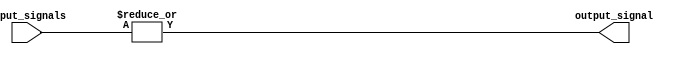
module or_gate(
    input [31:0] input_signals,
    output reg output_signal
);

// Wire declarations
wire [15:0] intermediate_signals1;
wire [7:0] intermediate_signals2;
wire [3:0] intermediate_signals3;
wire [1:0] intermediate_signals4;

// First stage of cascaded OR gates
genvar i;
generate
    for (i = 0; i < 16; i = i + 1) begin : stage1
        assign intermediate_signals1[i] = |input_signals[i*2:i*2+1];
    end
endgenerate

// Second stage of cascaded OR gates
genvar j;
generate
    for (j = 0; j < 8; j = j + 1) begin : stage2
        assign intermediate_signals2[j] = |intermediate_signals1[j*2:j*2+1];
    end
endgenerate

// Third stage of cascaded OR gates
genvar k;
generate
    for (k = 0; k < 4; k = k + 1) begin : stage3
        assign intermediate_signals3[k] = |intermediate_signals2[k*2:k*2+1];
    end
endgenerate

// Fourth stage of cascaded OR gates
genvar l;
generate
    for (l = 0; l < 2; l = l + 1) begin : stage4
        assign intermediate_signals4[l] = |intermediate_signals3[l*2:l*2+1];
    end
endgenerate

// Final OR gate to combine all intermediate signals
assign output_signal = |intermediate_signals4;

endmodule